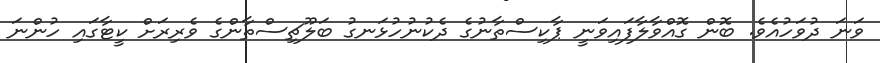
ވަނަ ދުވަހުއެވެ. ބޮން ގޮއްވާލާފައިވަނީ ޕާކިސްތާނުގެ ދެކުނުހުޅަނގު ބަލޫޗިސްތާންގެ ވެރިރަށް ކީޓާގައި ހުންނަ